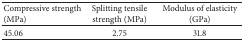
| Compressive strength (MPa) | Splitting tensile strength (MPa) | Modulus of elasticity (GPa) |
 | --- | --- | --- |
 | 45.06 | 2.75 | 31.8 |